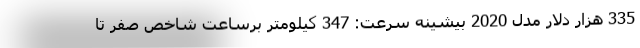
335 هزار دلار مدل 2020 بیشینه سرعت: 347 کیلومتر برساعت شاخص صفر تا